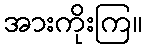
အားကိုးကြ။